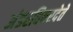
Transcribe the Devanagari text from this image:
अंडरवियरदेते